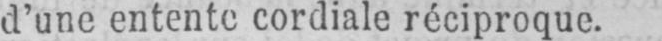
d’une entente cordiale réciproque.